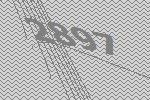
2897